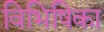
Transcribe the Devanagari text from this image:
विभिषिका